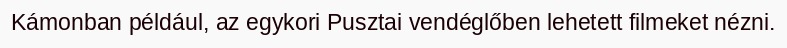
Kámonban például, az egykori Pusztai vendéglőben lehetett filmeket nézni.